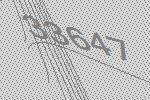
33647